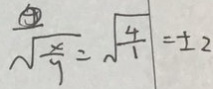
\frac { \theta } { \sqrt { \frac { x } { 9 } } } = \sqrt { \frac { 4 } { 1 } } = \pm 2